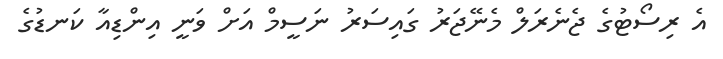
އެ ރިސޯޓުގެ ޖެނެރަލް މެނޭޖަރު ގައިސަރު ނަސީމް އަށް ވަނީ އިންޑިއާ ކަނޑުގެ